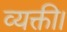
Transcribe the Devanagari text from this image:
व्यक्ती।